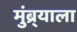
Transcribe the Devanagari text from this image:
मुंब्र्याला